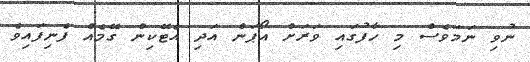
ނުވި ނަމަވެސް މި ހާފުގައި ވަރަށް އޯޕަން އަދި އެޓޭކިން ގޭމެއް ފެނިފައިވެ